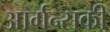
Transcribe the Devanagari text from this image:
आर्गन्सकी